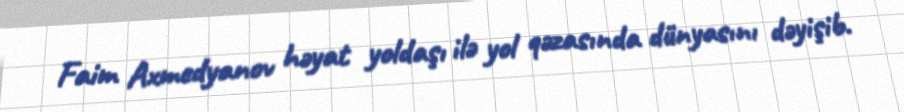
Faim Axmedyanov həyat yoldaşı ilə yol qəzasında dünyasını dəyişib.